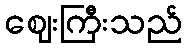
ဈေးကြီးသည်